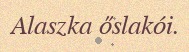
Alaszka őslakói.